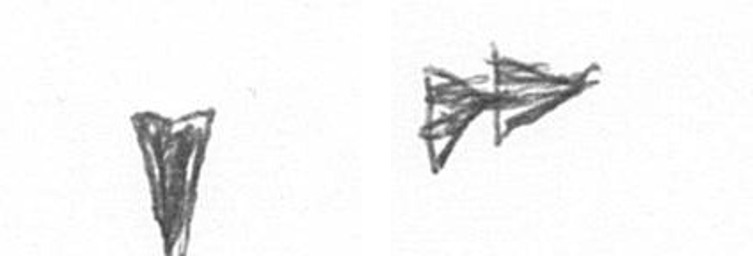
J A